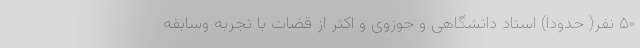
۵۰ نفر( حدودا) استاد دانشگاهی و حوزوی و اکثر از قضات با تجربه وسابقه